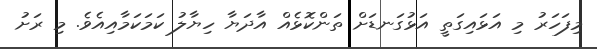
މިފަހަރު މި އަޅައިގަތީ އަޅުގަނޑަށް ތަންކޮޅެއް އާދަޔާ ހިޔާލު ކަމަކަމާއިއެވެ. މި ރަށު